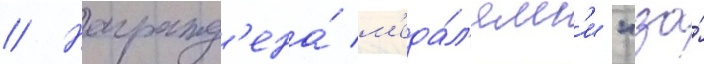
// Награжд'ена́ м'еда́л'ям'и "за́